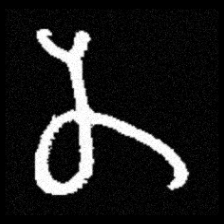
Pyu character \u2014 Myanmar letter: န (romanized: na)